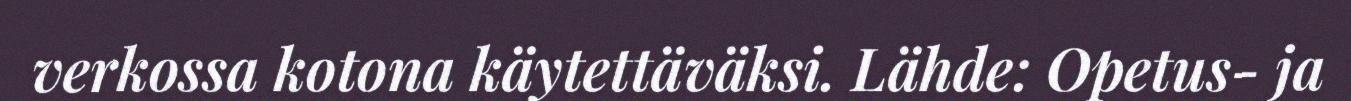
verkossa kotona käytettäväksi. Lähde: Opetus- ja